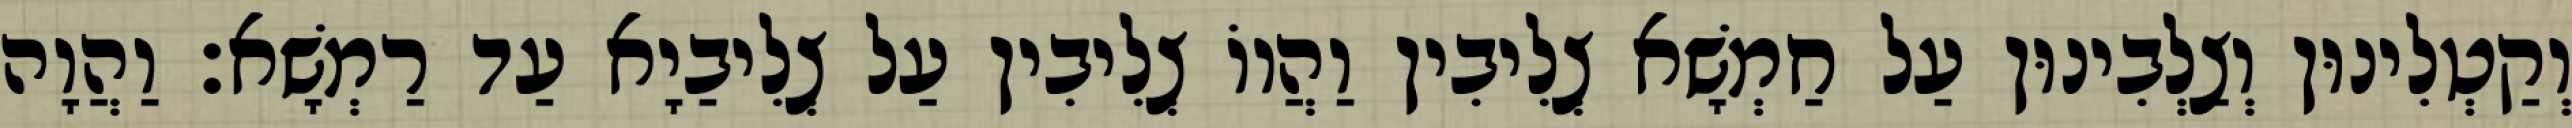
וְקַטְלִינוּן וְצַלְבִינוּן עַל חַמְשָׁא צְלִיבִין וַהֲווֹ צְלִיבִין עַל צְלִיבַיָא עַד רַמְשָׁא׃ וַהֲוָה